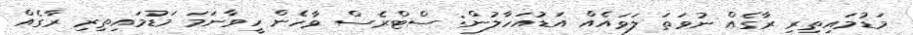
މަޑުމައިތިރި ރާގެއް ނުވަތަ ލަވައެއް އަޑުއަހާލުން: ސްޓްރެސް ވާހެން ހީވާނަމަ މަޑުމައިތިރި ރާގެއް